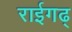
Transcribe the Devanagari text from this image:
राईगढ्